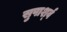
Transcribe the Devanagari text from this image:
सुपार्श्‍व